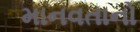
માનવતાનો